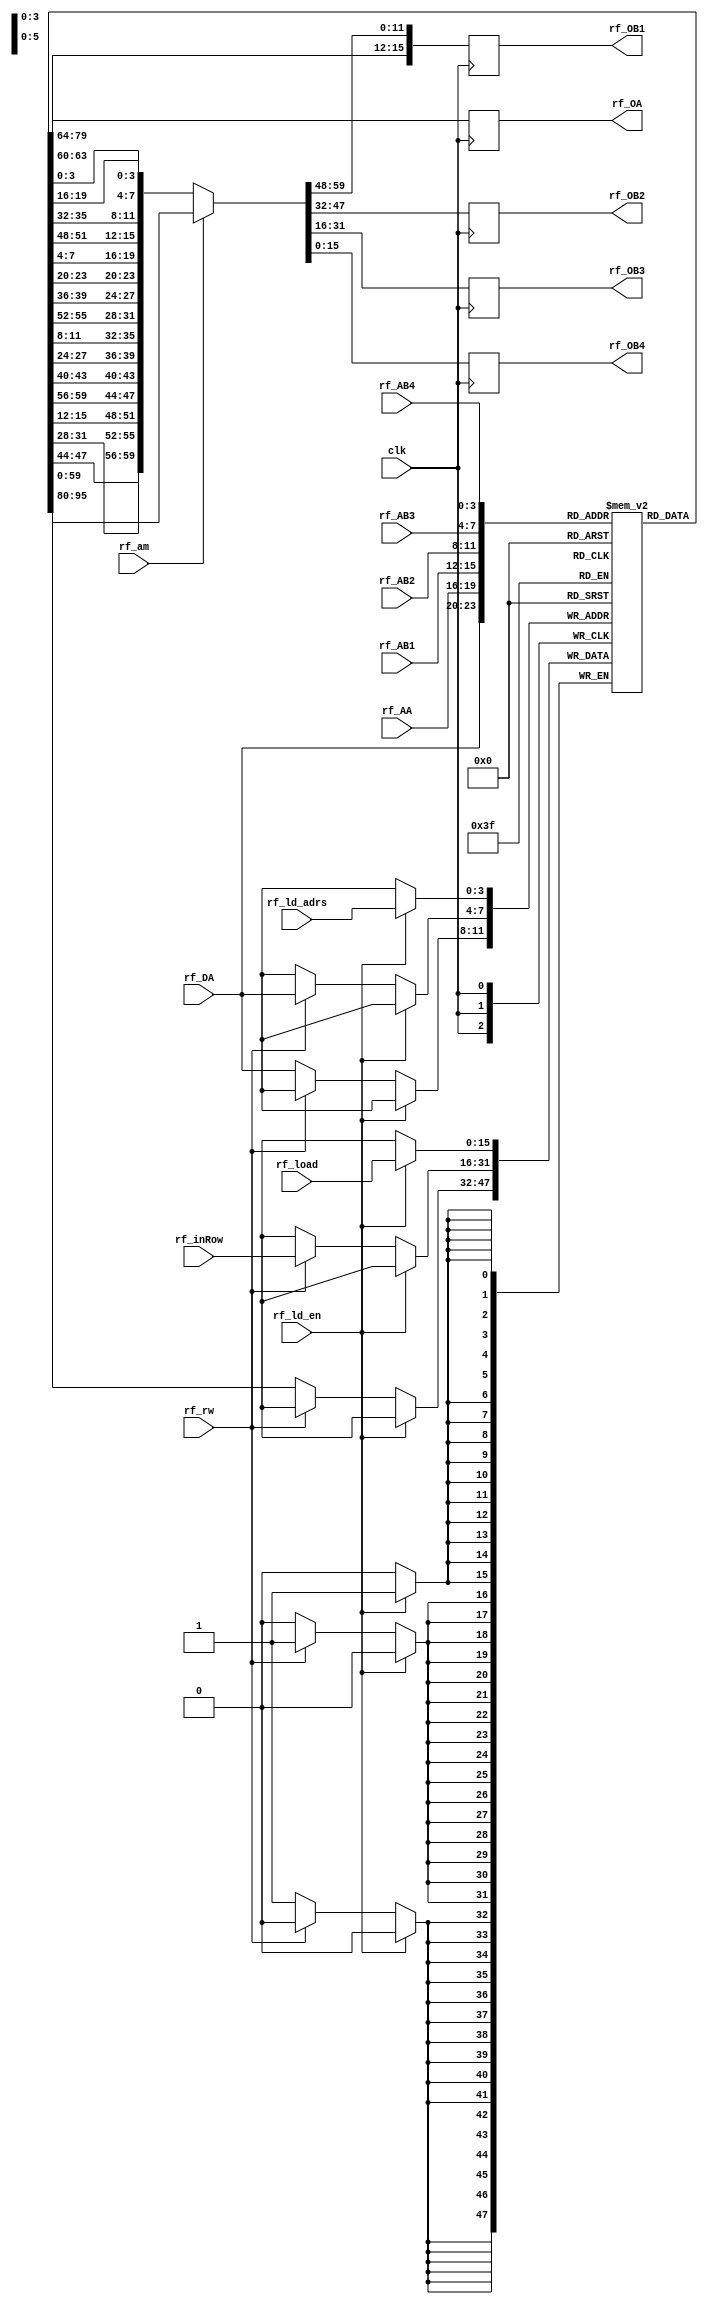
`timescale 1ns / 1ps
//////////////////////////////////////////////////////////////////////////////////
// Company: University of Missouri-Kansas City
// Module Name: register_file
// Project Name: Final_228
//////////////////////////////////////////////////////////////////////////////////
//TODO: parametrize this file for bit-width
module register_file(
        input   clk,
                rf_ld_en,  //for testing
                rf_rw, 
                rf_am,  //rf_am is to set to add-mode when rf_am == 1, this allows row outputs from B when enabled, for addition
        input [15:0]    rf_inRow,
                        rf_load, //for testing
        input [3:0] rf_AA,
                rf_ld_adrs, 
                rf_AB1, 
                rf_AB2, 
                rf_AB3, 
                rf_AB4, 
                rf_DA,
        output reg [15:0] rf_OA, 
                rf_OB1, 
                rf_OB2, 
                rf_OB3, 
                rf_OB4
    );
    
    reg [15:0] rf [15:0]; 
    
 
    always@(posedge clk)
        begin
            if(rf_ld_en) rf[rf_ld_adrs][15:0] <= rf_load; //for testing
            else if (rf_rw == 1) rf[rf_DA][15:0] <= rf_inRow; //writing
            else rf[rf_DA][15:0] <=  rf[rf_DA][15:0];
                //begin 
                if (rf_am == 0) {rf_OA,rf_OB1,rf_OB2,rf_OB3,rf_OB4} <= { //output will always be in row form
                    rf[rf_AA][15:0],
                    rf[rf_AB1][15:12], //transpose column 1 into row 1
                    rf[rf_AB2][15:12],
                    rf[rf_AB3][15:12],
                    rf[rf_AB4][15:12],
                    rf[rf_AB1][11:8], //transpose column 2 into row 2
                    rf[rf_AB2][11:8],
                    rf[rf_AB3][11:8],
                    rf[rf_AB4][11:8],
                    rf[rf_AB1][7:4], //transpose column 3 into row 3
                    rf[rf_AB2][7:4],
                    rf[rf_AB3][7:4],
                    rf[rf_AB4][7:4],
                    rf[rf_AB1][3:0], //transpose column 4 of AB into row 4 of OB
                    rf[rf_AB2][3:0],
                    rf[rf_AB3][3:0],
                    rf[rf_AB4][3:0]
                    };
                else {rf_OA,rf_OB1,rf_OB2,rf_OB3,rf_OB4} <= {rf[rf_AA], rf[rf_AB1], rf[rf_AB2], rf[rf_AB3], rf[rf_AB4]};
               //end
        end

endmodule